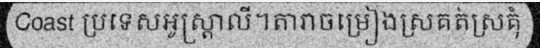
Coast ប្រទេសអូស្ត្រាលី។តារាចម្រៀងស្រគត់ស្រគុំ